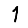
Digit: 1